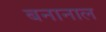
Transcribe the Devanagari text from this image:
बनानाल